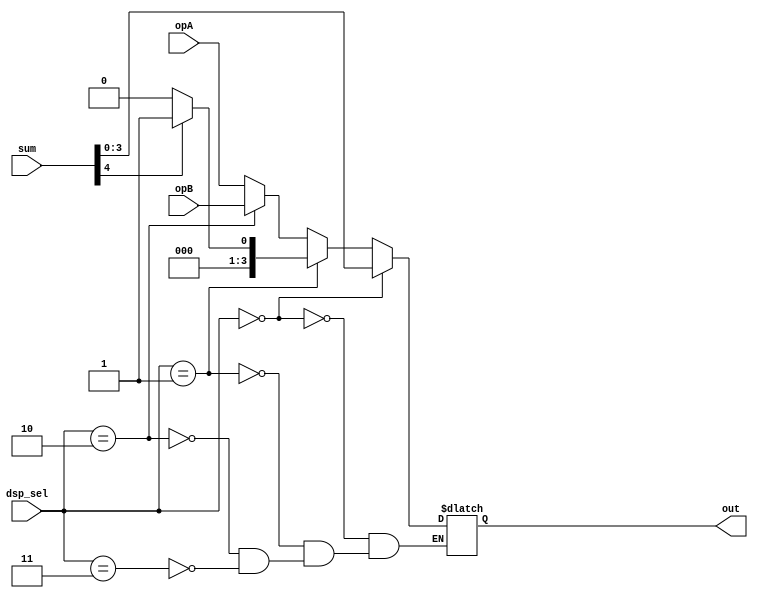
module mux(opA,opB,sum,dsp_sel,out);
	input [3:0] opA,opB;
	input [4:0] sum;
	input [1:0] dsp_sel;
	output [3:0] out;
	
	reg cout;
	
	always @ (sum)
		begin
			if (sum[4] == 1)
				cout <= 4'b0001;
			else
				cout <= 4'b0000;
		end
	
	reg out;
	
	always @(dsp_sel,sum,cout,opB,opA)
		begin
			if (dsp_sel == 2'b00)
				out <= sum[3:0];
			else if (dsp_sel == 2'b01)
				out <= cout;
			else if (dsp_sel == 2'b10)
				out <= opB;
			else if (dsp_sel == 2'b11)
				out <= opA;
		end

endmodule